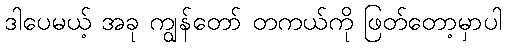
ဒါပေမယ့် အခု ကျွန်တော် တကယ်ကို ဖြတ်တော့မှာပါ